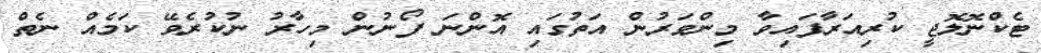
ޓެކްނޮލޮޖީ ކުރިއަރާފައިވާ މިންވަރުން އަތުގައި އޮންނަ ފޯނުން މިހާރު ނުކުރެވޭ ކަމެއް ނެތް